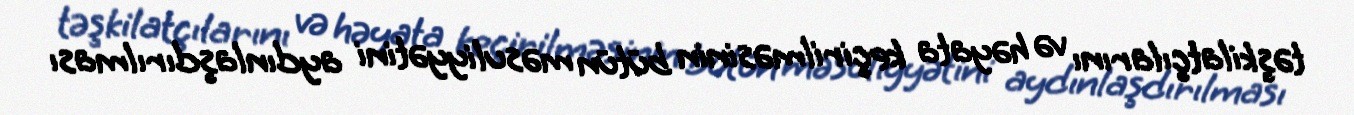
təşkilatçılarını və həyata keçirilməsinin bütün məsuliyyətini aydınlaşdırılması